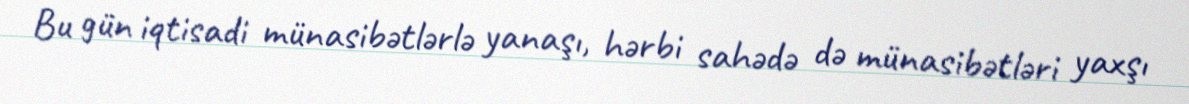
Bu gün iqtisadi münasibətlərlə yanaşı, hərbi sahədə də münasibətləri yaxşı